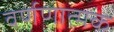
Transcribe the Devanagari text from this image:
वर्णणात्मक